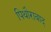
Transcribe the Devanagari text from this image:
पिथौराबाद